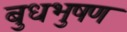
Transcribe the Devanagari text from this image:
बुधभुषण